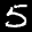
Label: 5